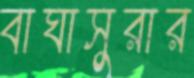
বাঘাসুরার